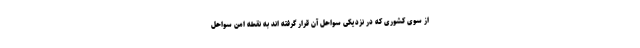
از سوی کشوری که در نزدیکی سواحل آن قرار گرفته اند به نقطه امن سواحل